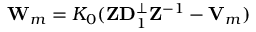
{ \bf W } _ { m } = { \cal K } _ { 0 } ( { \bf Z } { \bf D } _ { 1 } ^ { \perp } { \bf Z } ^ { - 1 } - { \bf V } _ { m } )